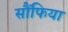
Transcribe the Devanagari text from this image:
सौंफिया